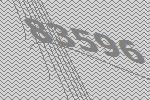
83596